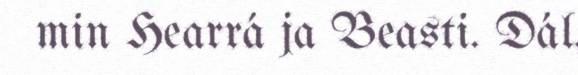
min Hearrá ja Beasti. Dál,